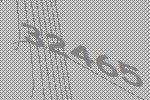
32465